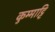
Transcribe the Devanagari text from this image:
कुम्माट्टि